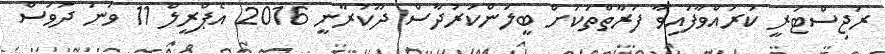
ރަޖިސްޓަރީ ކުރަައްވާފައިވާ ފަރާތްތަކަށް ބީލަންކަރުދާސް ދޫކުރާނީ 2016 އެޕްރީލް 11 ވަނަ ދުވަސް